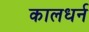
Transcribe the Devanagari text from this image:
कालधर्न